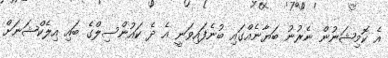
އެ ކޮމިޝަނުން ނެރުނު ބަޔާނެއްގައި ބުނެފައިވަނީ އެ ދެ ކައުންސިލްގެ ބައި އިލެކްޝަނަށް